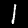
Digit: 1